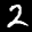
Label: 2